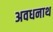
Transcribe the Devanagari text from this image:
अवधनाथ